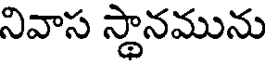
నివాస స్థానమును